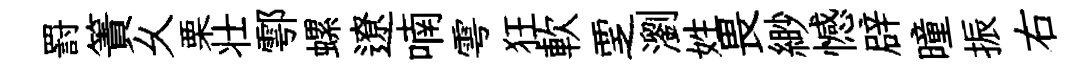
罸簀乆栗壮鄠螺遼喃雩狂軟覂瀏姓畏緲憾辟曈振右